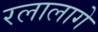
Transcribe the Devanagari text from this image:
रलालागे